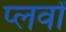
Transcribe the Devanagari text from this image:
प्लर्वों